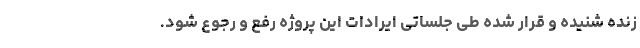
زنده شنیده و قرار شده طی جلساتی ایرادات این پروژه رفع و رجوع شود.